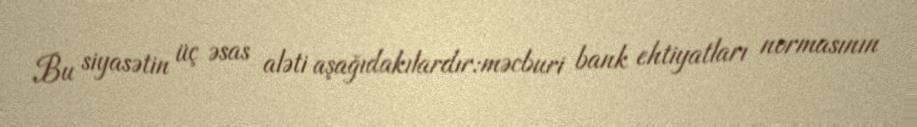
Bu siyasətin üç əsas aləti aşağıdakılardır:məcburi bank ehtiyatları normasının